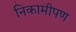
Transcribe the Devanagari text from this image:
निकामीपण